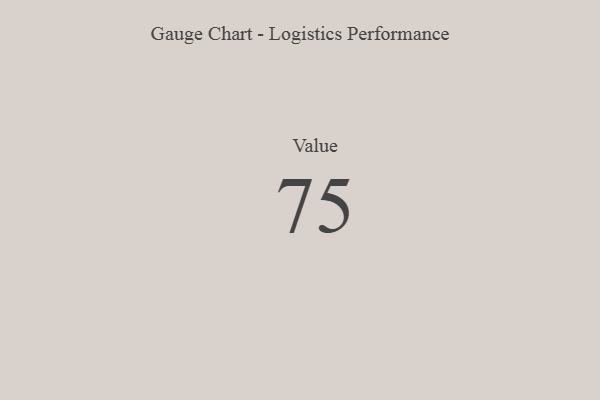
{"axis": {"x": "Metric", "y": "Value"}, "legend": [""], "data": [{"x": "Value", "y": 75, "type": ""}]}